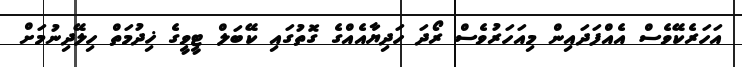
އަހަރެކޭވެސް އެއްފަދައިން މިއަހަރުވެސް ރޯދަ ހަދިޔާއެއްގެ ގޮތުގައި ކޭބަލް ޓީވީގެ ޚިދުމަތް ހިލޭދިނުމަށް